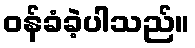
ဝန်ခံခဲ့ပါသည်။